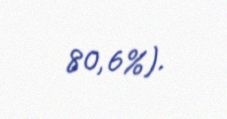
80,6%).